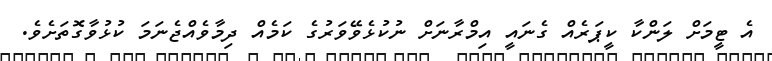
އެ ޓީމަށް ލަންކާ ކީޕަރެއް ގެނައީ އިމްރާނަށް ނުކުޅެވޭވަރުގެ ކަމެއް ދިމާވެއްޖެނަމަ ކުޅުވާގޮތަށެވެ.